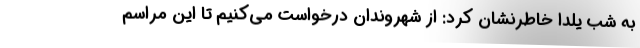
به شب یلدا خاطرنشان کرد: از شهروندان درخواست می‌کنیم تا این مراسم